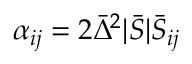
\alpha _ { i j } = 2 \bar { \Delta } ^ { 2 } | \bar { S } | \bar { S } _ { i j }